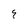
Character: 9